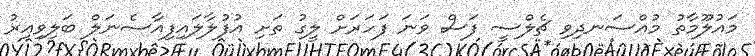
މައުލޫމާތު މުއްސަނދިވި ޗެލްސީ ފަސް ވަނަ ފަހަރަށް ލީގު ތަށި އުފުލާލައިފިއާސެނަލް ބަލިވިއިރު